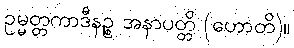
ဥမ္မတ္တကာဒီနဉ္စ အနာပတ္တိ (ဟောတိ)။